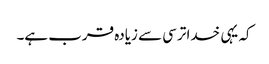
کہ یہی خدا ترسی سے زیادہ قرب ہے۔